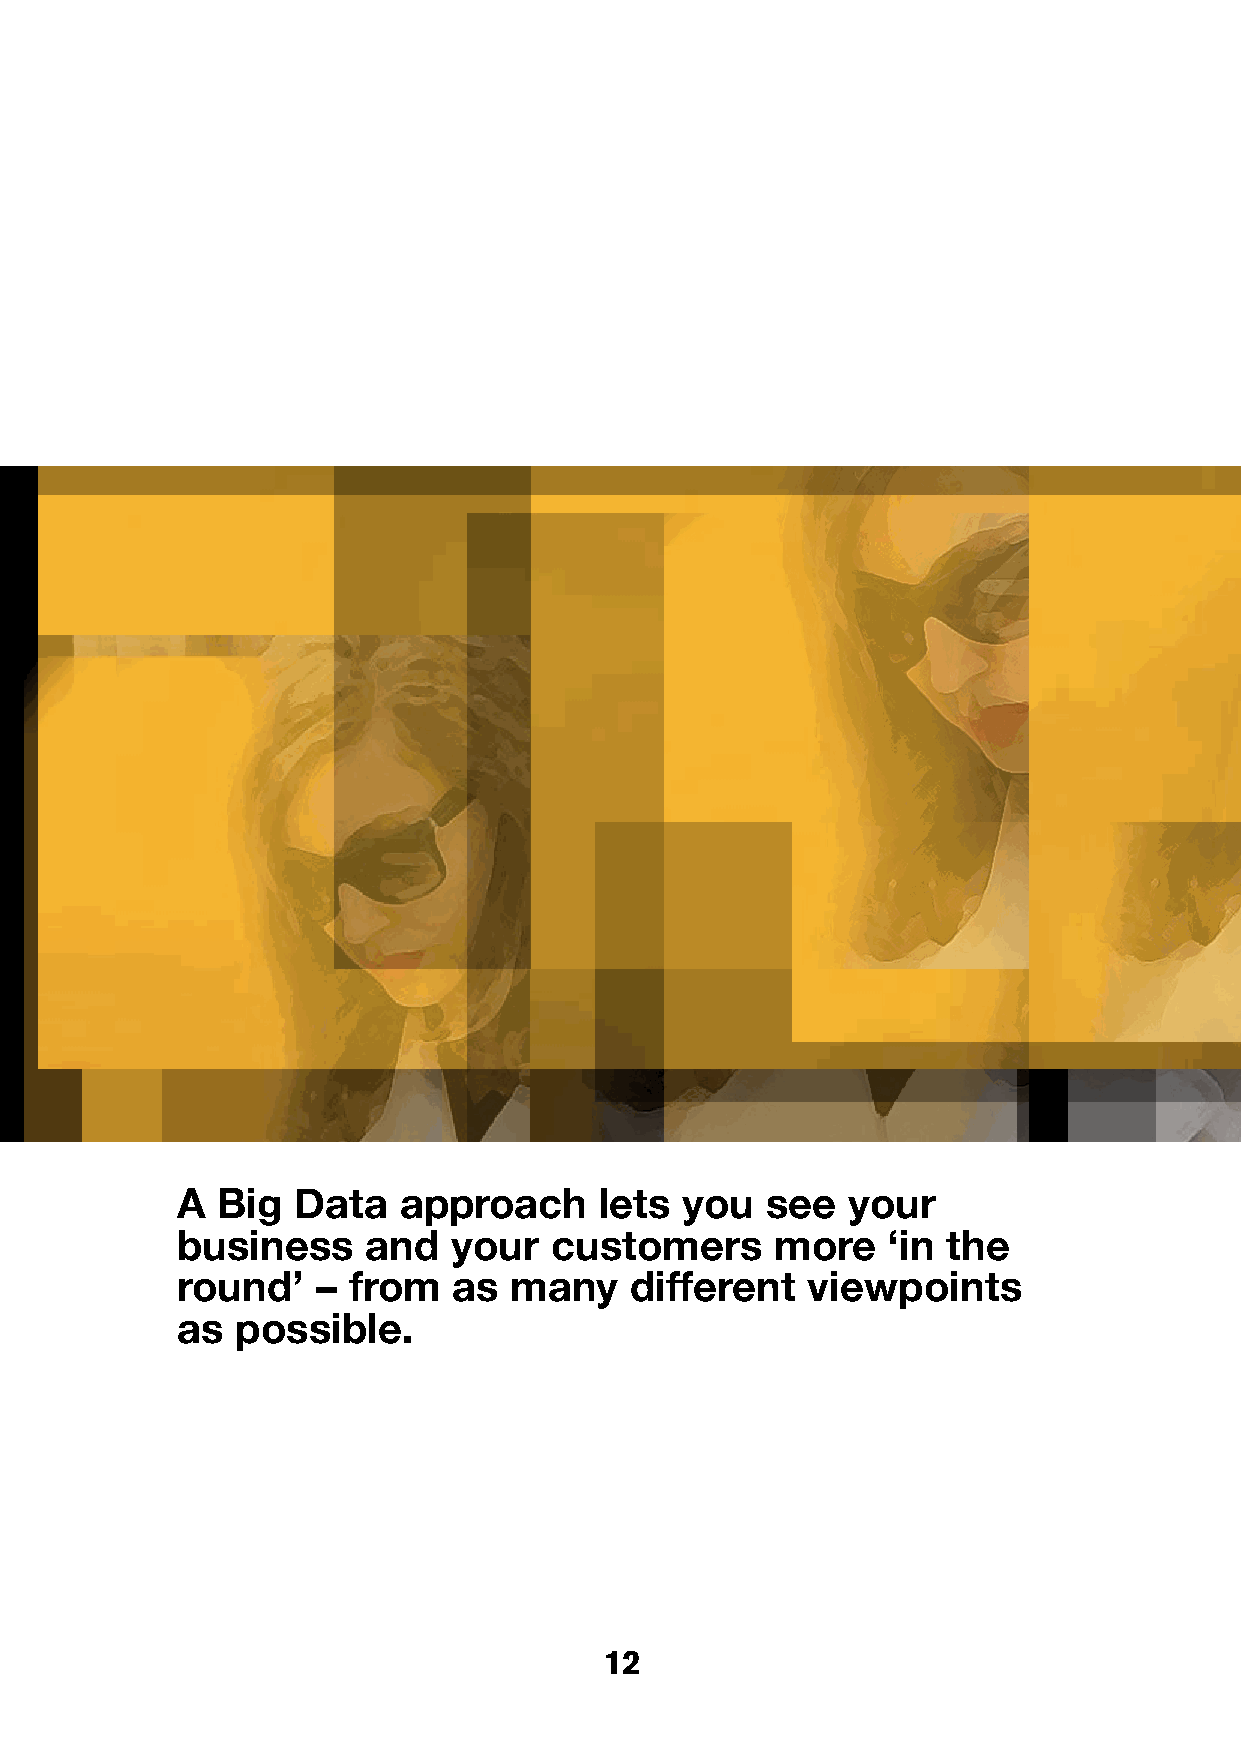
A Big  Data   approach      lets you   see  your
 business    and   your  customers      more    ‘in the
 round’   – from   as  many    different  viewpoints
 as  possible.
 12